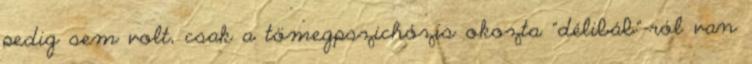
pedig sem volt, csak a tömegpszichózis okozta "délibáb"-ról van